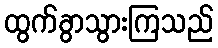
ထွက်ခွာသွားကြသည်